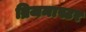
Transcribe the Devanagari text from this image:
ब्रिजमास्टर